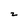
Character: z